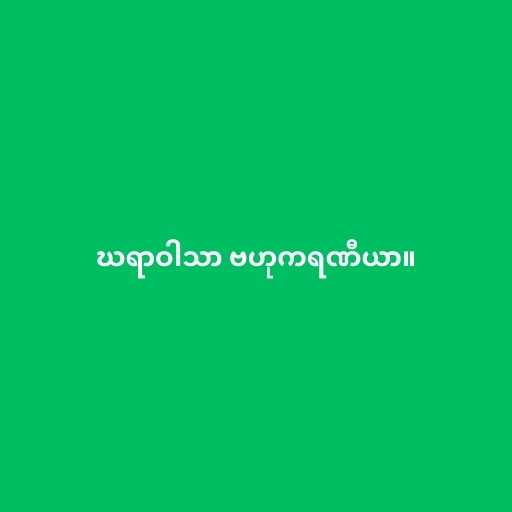
ဃရာဝါသာ ဗဟုကရဏီယာ။